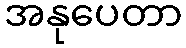
အနုပေတာ